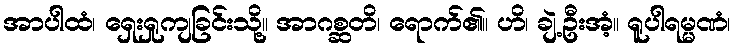
အာပါထံ၊ ရှေးရှုကျခြင်းသို့။ အာဂစ္ဆတိ၊ ရောက်၏။ ဟိ၊ ချဲ့ဦးအံ့။ ရူပါရမ္မဏံ၊